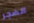
الضجر